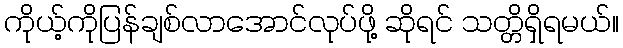
ကိုယ့်ကိုပြန်ချစ်လာအောင်လုပ်ဖို့ ဆိုရင် သတ္တိရှိရမယ်။